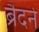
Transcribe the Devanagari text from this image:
ब्रैदर्न